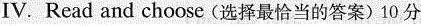
IV.Read and choose (选择最恰当的答案)10 分